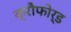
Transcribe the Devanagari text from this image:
क्रौफोर्ड